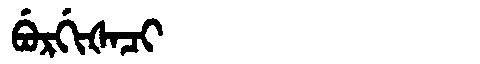
Manchu: ᠪᡠᡵᡤᡳᡧᠠᠴᡳ
Romanization: BURGIŠACI